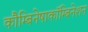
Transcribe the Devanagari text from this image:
कौम्बिनेषाकॉम्बिनेशन